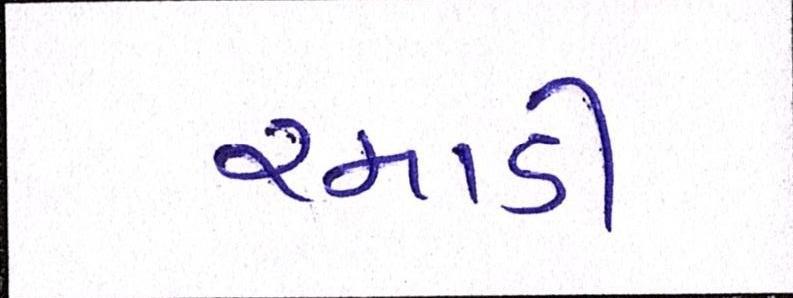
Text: રમાડી